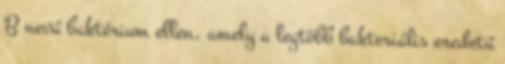
B nevű baktérium ellen, amely a legtöbb bakteriális eredetű